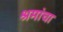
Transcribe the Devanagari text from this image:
श्रमांचा